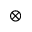
\otimes